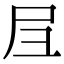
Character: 𡰩